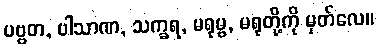
ပဗ္ဗတ, ပါသာဏ, သက္ခရ, မရုမ္ဗ, မရုတို့ကို မှတ်လေ။